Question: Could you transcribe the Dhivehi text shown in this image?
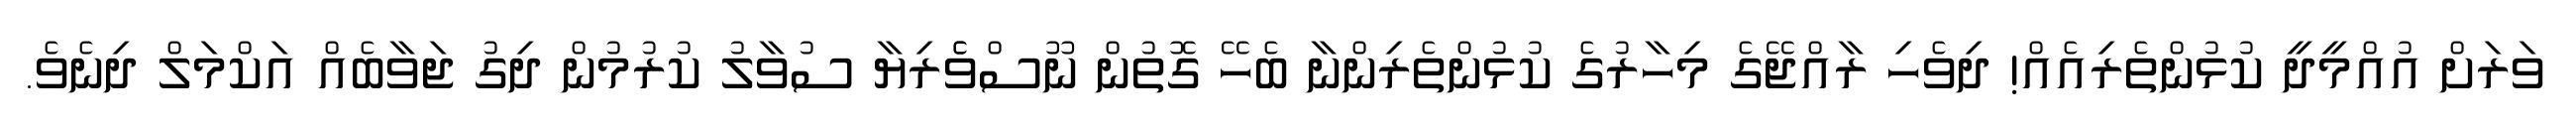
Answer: ވަރަށް އުއްމީދީ ކުޅުންތެރިއެއް! ދިވެހި ރާއްޖޭގެ މިހާރުގެ ކުޅުންތެރިންނާ ބެހޭ ގޮތުން ނޫސްވެެރިޔާ ސުވާލު ކުރުމުން ދިގު ޖަވާބެއް އަކްމަލް ދިނެވެ.